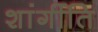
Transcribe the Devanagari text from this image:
शांर्गीति